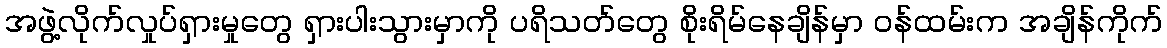
အဖွဲ့လိုက်လှုပ်ရှားမှုတွေ ရှားပါးသွားမှာကို ပရိသတ်တွေ စိုးရိမ်နေချိန်မှာ ဝန်ထမ်းက အချိန်ကိုက်